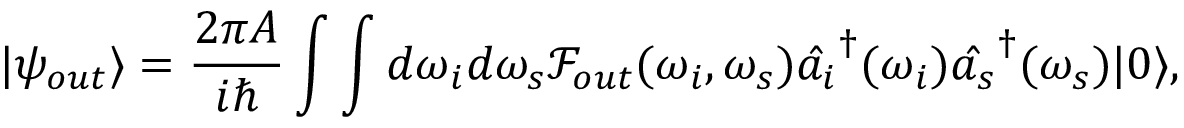
| \psi _ { o u t } \rangle = \frac { 2 \pi A } { i \hbar } \int \int d \omega _ { i } d \omega _ { s } \mathcal { F } _ { o u t } ( \omega _ { i } , \omega _ { s } ) \hat { a _ { i } } ^ { \dagger } ( \omega _ { i } ) \hat { a _ { s } } ^ { \dagger } ( \omega _ { s } ) | 0 \rangle ,